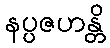
နပ္ပဇဟန္တိ